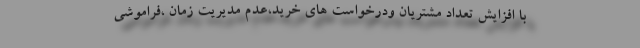
با افزایش تعداد مشتریان ودرخواست های خرید،عدم مدیریت زمان ،فراموشی